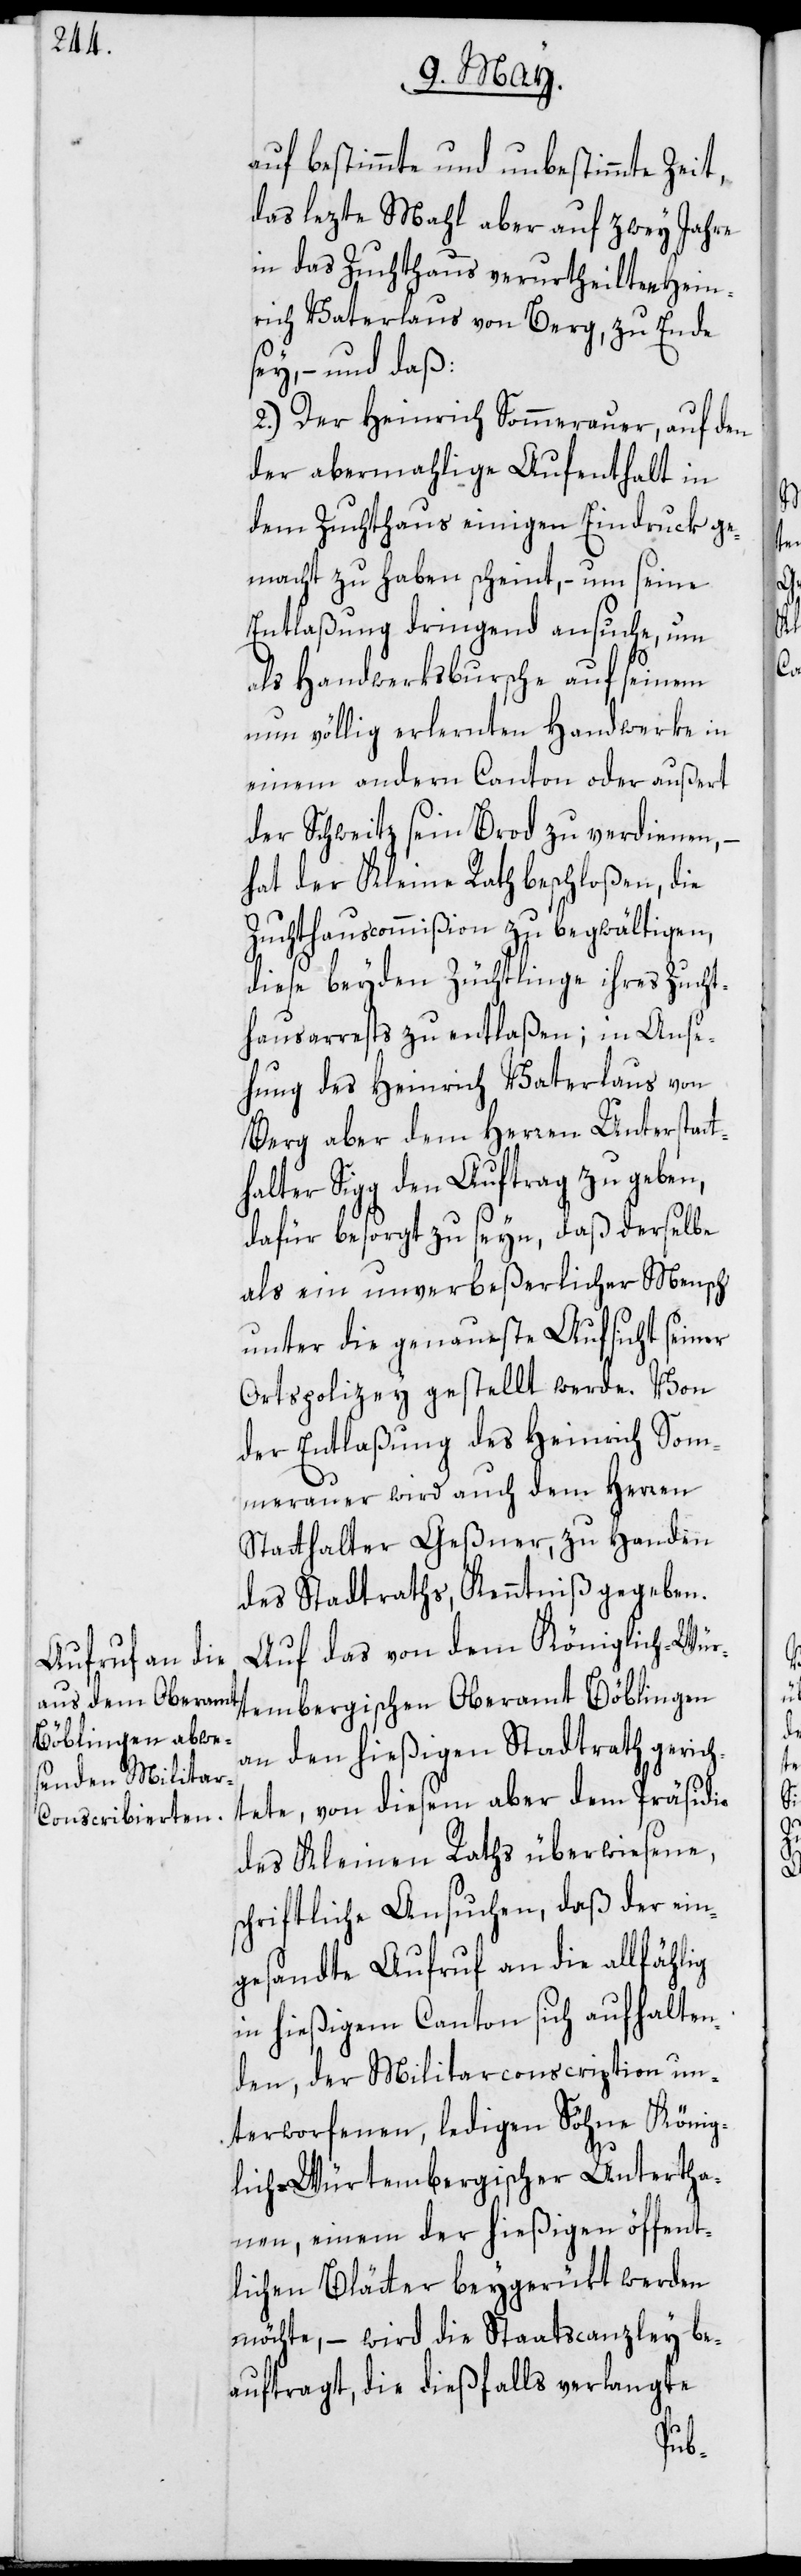
auf bestimmte und unbestimmte Zeit,
das lezte Mahl aber auf zwey Jahre
in das Zuchthaus verurtheilten Hein¬
rich Vaterlaus von Berg, zu Ende
sey, – und daß
2.) Der Heinrich Sommerauer, auf den
der abermahlige Aufenthalt in
dem Zuchthaus einigen Eindruck ge¬
macht zu haben scheint, – um seine
Entlaßung dringend ansuche, um
als Handwerksbursche auf seinem
nun völlig erlernten Handwerke in
einem andern Canton oder außert
der Schweitz sein Brod zu verdienen, –
hat der Kleine Rath beschloßen, die
Zuchthauscommißion zu begwältigen,
diese beyden Züchtlinge ihres Zucht¬
hausarrests zu entlaßen; in Anse¬
hung des Heinrich Vaterlaus von
Berg aber dem Herren Unterstatt¬
halter Sigg den Auftrag zu geben,
dafür besorgt zu seyn, daß derselbe
als ein unverbeßerlicher Mensch
unter die genaueste Aufsicht seiner
Ortspolizey gestellt werde. Von
der Entlaßung des Heinrich Som¬
merauer wird auch dem Herren
Statthalter Geßner zu Handen
des Stadtraths, Kenntniß gegeben.
Auf das von dem Königlich-Wür¬
tembergischen Oberamt Böblingen
an den hießigen Stadtrath gerich¬
tete, von diesem aber dem Präsidio
des Kleinen Raths überwiesene,
schriftliche Ansuchen, daß der ein¬
gesandte Aufruf an die allfählig
in hießigem Canton sich aufhalten¬
den, der Militarconscription un¬
terworfenen, ledigen Söhne König¬
lich-Würtembergischer Untertha¬
nen, einem der hießigen öffent¬
lichen Blätter beygerückt werden
möchte, – wird die Staatscanzley be¬
auftragt, die dießfalls verlangte